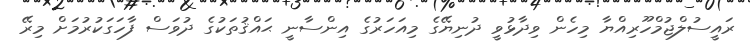
ރައީސުލްޖުމްހޫރިއްޔާ މިހެން ވިދާޅުވީ ދުނިޔޭގެ މިއަހަރުގެ އިންސާނީ ޙައްޤުތަކުގެ ދުވަސް ފާހަގަކުރުމަށް މިރޭ